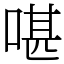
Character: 啿